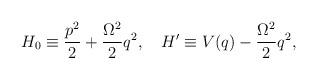
LaTeX: \begin{align*}H_0\equiv{p^2\over2}+{\Omega^2\over2}q^2,\quad H'\equiv V(q)-{\Omega^2\over2}q^2,\end{align*}